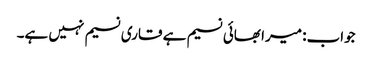
جواب: میرا بھائی نسیم ہے قاری نسیم نہیں ہے۔